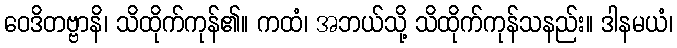
ဝေဒိတဗ္ဗာနိ၊ သိထိုက်ကုန်၏။ ကထံ၊ အဘယ်သို့ သိထိုက်ကုန်သနည်း။ ဒါနမယံ၊